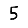
Digit: 5